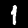
Digit: 1